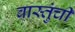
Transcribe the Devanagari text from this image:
वास्तुंची